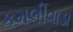
કમલીવાડા